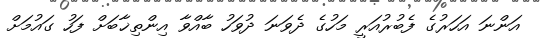
އަންނަ އަހަރުގެ ފެބުރުއަރީ މަހުގެ ދެވަނަ ދުވަހު ބާއްވާ އިންތިޚާބަށް ފަހު ގައުމަށް